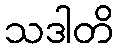
သဒါတိ